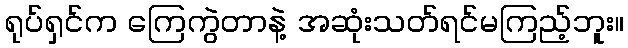
ရုပ်ရှင်က ကြေကွဲတာနဲ့ အဆုံးသတ်ရင်မကြည့်ဘူး။